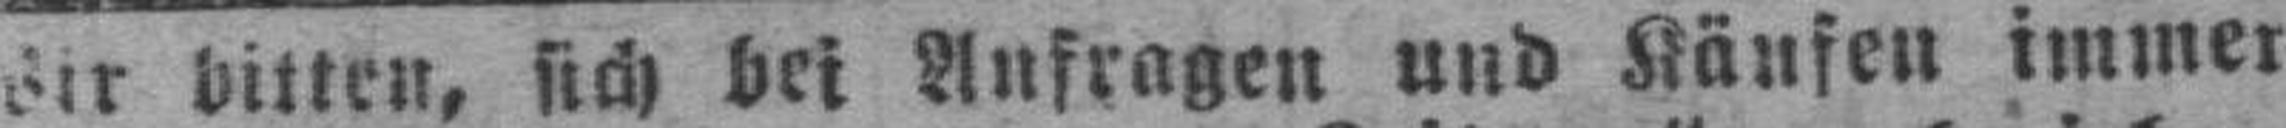
###ir bitten, sich bei Anfragen und Käufen immer